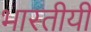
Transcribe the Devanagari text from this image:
भारतीयी